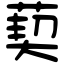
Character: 葜